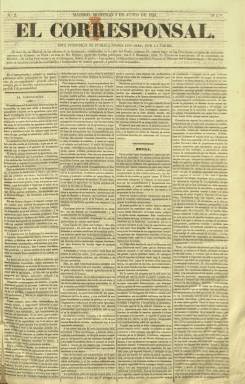
Título: El Corresponsal (Madrid)
Colección: Periódicos anteriores a 1850
Ámbito geográfico: Madrid
Lugar de publicación: Madrid
Fechas: 01/06/1839-14/05/1844

Vespertino fundado y dirigido por el escritor, economista y político de origen catalán Buenaventura Carlos Aribau y Farriols (1798-1862), que se había trasladado a la capital de la monarquía, en donde más tarde ocupará altos cargos públicos. Estuvo publicándose desde el uno de junio de 1839 hasta el catorce de mayo de 1844, formando parte de la prensa que se enfrentó a la Regencia de Espartero (1840-1843), en este caso desde los principios monárquico-constitucionales conservadores del Partido Moderado, llegando a ser el órgano más representativo de este sector político. Estuvo financiado por el noble catalán Gaspar Remisa (1784-1847).

Aribau ya había sido redactor y colaborador de otros periódicos y en El Corresponsal será autor de artículos en los que defenderá el proteccionismo económico, estando acompañado, principalmente, en la redacción de este diario por el también economista y político catalán Luis María Pastor (1804-1872); el escritor costumbrista, crítico taurino y arabista Serafín Estébanez Calderón –El Solitario– (1799-1867); el jienense Diego Coello y Quesada (1821-1897), que inicia aquí su carrera periodística, y el periodista Ignacio José Escobar, que se encargará de la crítica teatral, y en marzo de 1843 mantendrá un enfrentamiento dialéctico con el actor romántico Julián Romea (1813-1868), que acabará en duelo, aunque sin consecuencias físicas para ambos. Además, colaborarán en sus páginas el industrial y político catalán José Sol y Padrís (1816-1855), Julián Manzano, Esteban Sayró y Pascual Madoz.

Será un diario formalmente típico de la época, en números de cuatro páginas, compuestas a cuatro columnas en la Imprenta de la Compañía Tipográfica, que después se denomina Imprenta de J. Rebollo y Compañía, apareciendo indicados como editores responsables, sucesivamente, R. Varela y Ulloa, A. Guerrero Blanco y Rafael Pazos de Linares.

Se estructura en secciones fijas, entre las que se encuentran Parte doctrinal (con editoriales, artículos políticos, de economía, agricultura, sociedad, etc.); Parte política, subdivida en Administración Pública (con extractos de la Gaceta de Madrid), Crónica estrangera y Crónica española (contó con corresponsales y correspondencia propia) y Parte de estadística, mercantil e industrial (con informaciones bursátiles y sobre los precios de los productos de consumo).

También publica un folletín en los faldones de las dos primeras páginas, así como secciones de Cortes, Espectáculos (programación teatral), Periódicos de la mañana (especie de revista de prensa) o A las tres de la tarde, con las noticias o informaciones de última hora. También publicará, en su cuarta plana, anuncios comerciales.

Se considera al vespertino El Corresponsal como el precursor de El Heraldo, que comenzará a publicarse como matutino en junio de 1842. El 14 de mayo de 1844, el primero publicará su último número y anuncia su fusión con el segundo, en un momento en el que este saca dos ediciones, una por la mañana y otra por la tarde, convirtiéndose en el diario conservador más representativo de la Década Moderada (1844-1854), favorable a Narváez y contrario al Partido Progresista, y en el que el citado Coello será su redactor-jefe y formará parte de su redacción el también citado Ignacio José Escobar, fundador el primero de La Época (1849-1936), que pasará después a ser propiedad del segundo.